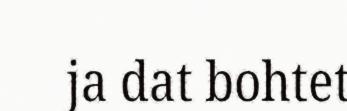
ja dat bohtet